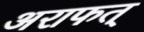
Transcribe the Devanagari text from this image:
अराफत्